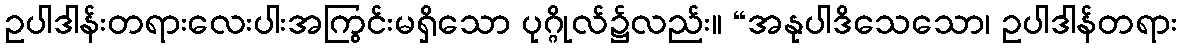
ဥပါဒါန်းတရားလေးပါးအကြွင်းမရှိသော ပုဂ္ဂိုလ်၌လည်း။ “အနုပါဒိသေသော၊ ဥပါဒါန်တရား